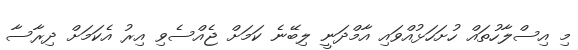
މި އިސްލާހުތައް ހުށަހަޅުއްވައި އާމްދަނީ ލިބޭނެ ކަމަށް ޖެއްސެވި އިރު އެކަމަށް ދިރާސާ